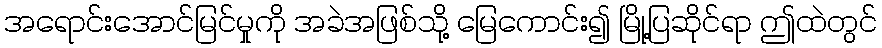
အရောင်းအောင်မြင်မှုကို အခဲအဖြစ်သို့ မြေကောင်း၍ မြို့ပြဆိုင်ရာ ဤထဲတွင်